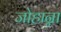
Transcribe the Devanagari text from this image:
जोहान्ना